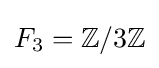
F_{3}=\mathbb {Z} /3\mathbb {Z}